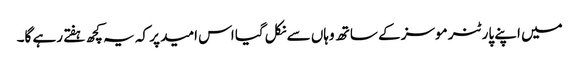
میں اپنے پارٹنر موسز کے ساتھ وہاں سے نکل گیا اس امید پر کہ یہ کچھ ہفتے رہے گا۔